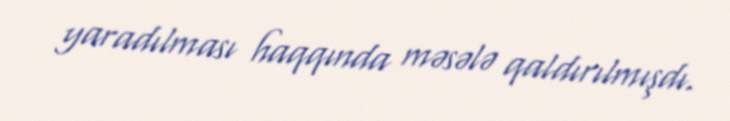
yaradılması haqqında məsələ qaldırılmışdı.